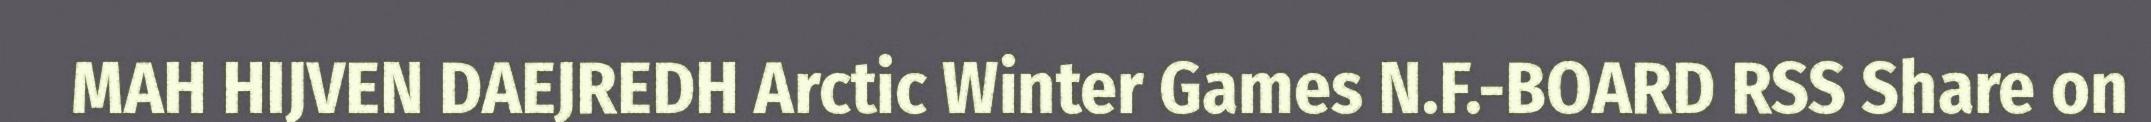
MAH HIJVEN DAEJREDH Arctic Winter Games N.F.-BOARD RSS Share on